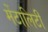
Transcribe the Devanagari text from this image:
मेंटालिटी